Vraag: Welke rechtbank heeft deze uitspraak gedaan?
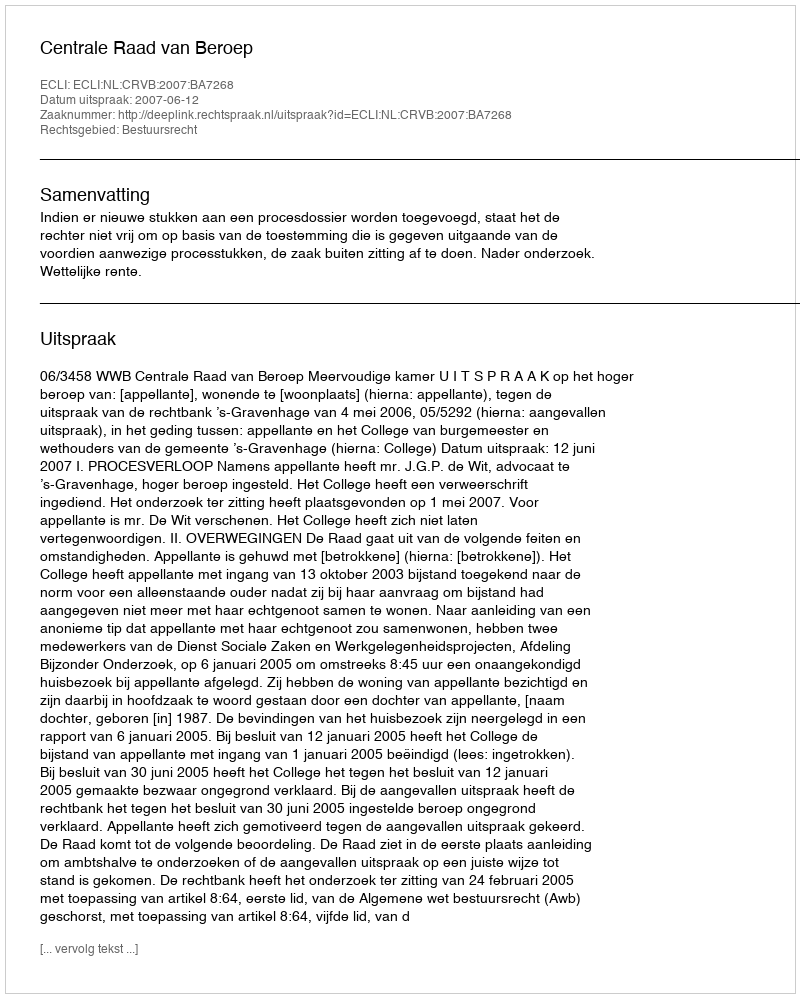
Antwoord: Centrale Raad van Beroep